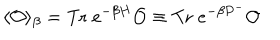
\langle { \cal O } \rangle _ { \beta } = \mathrm { T r } \; e ^ { - \beta H } { \cal O } \equiv \mathrm { T r } \; e ^ { - \beta P ^ { - } } { \cal O }